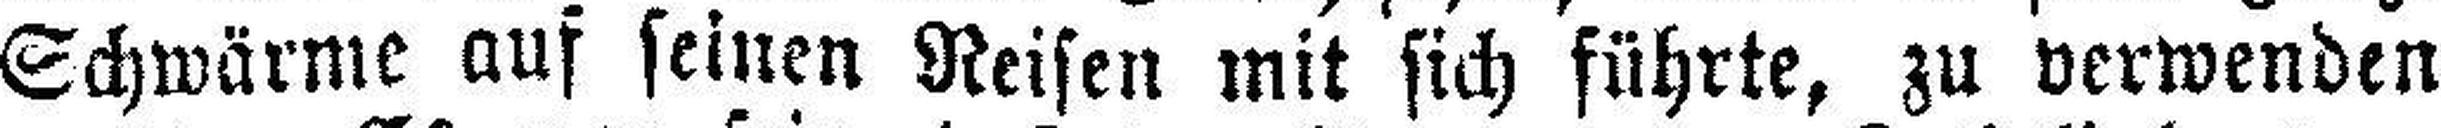
Schwärme auf seinen Reisen mit sich führte, zu verwenden